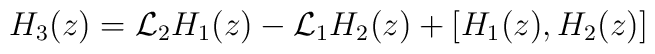
H_{3}(z)={\cal L}_{2}H_{1}(z)-{\cal L}_{1}H_{2}(z)+[H_{1}(z),H_{2}(z)]